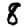
Digit: 8